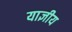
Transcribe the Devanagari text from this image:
याज्ञीय